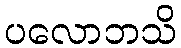
ပလောဘသိ